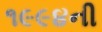
૧૯૯૪ની